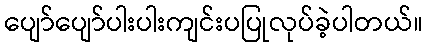
ပျော်ပျော်ပါးပါးကျင်းပပြုလုပ်ခဲ့ပါတယ်။